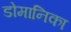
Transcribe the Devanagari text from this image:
डोमानिका